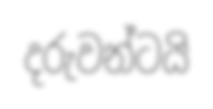
දරුවන්ටයි